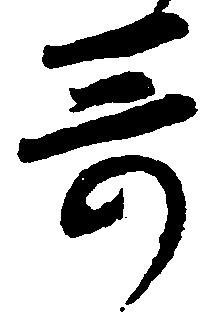
哥